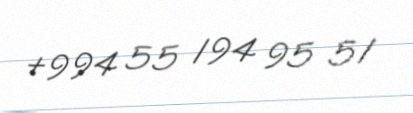
+994 55 194 95 51